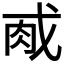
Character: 𫻯